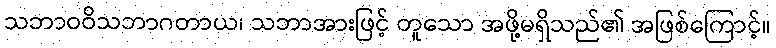
သဘာဝဝိသဘာဂတာယ၊ သဘာအားဖြင့် တူသော အဖို့မရှိသည်၏ အဖြစ်ကြောင့်။